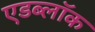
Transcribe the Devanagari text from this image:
एडब्लॉक